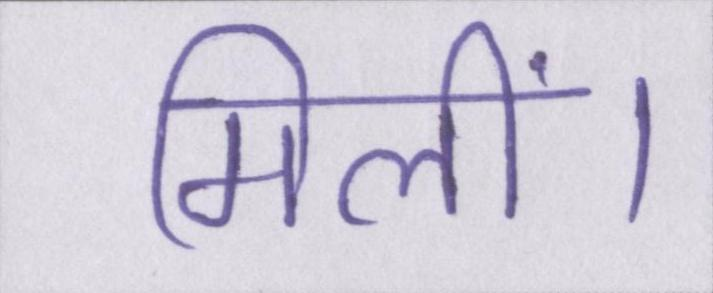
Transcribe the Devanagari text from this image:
मिलीं।